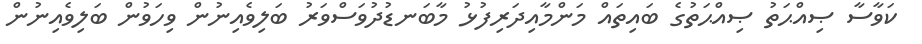
ކަވާސާ ޞިއްޙަތު ޞިއްޙަތުގެ ބައިތައް މަންމާއިދަރިފުޅު މާބަނޑުދުވަސްވަރު ބަލިވެއިނުން ވިހަވުން ބަލިވެއިނުން